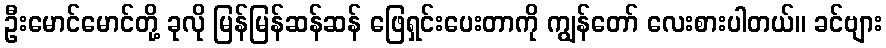
ဦးမောင်မောင်တို့ ခုလို မြန်မြန်ဆန်ဆန် ဖြေရှင်းပေးတာကို ကျွန်တော် လေးစားပါတယ်။ ခင်ဗျား